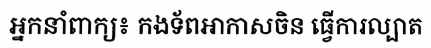
អ្នកនាំពាក្យ៖ កងទ័ពអាកាសចិន ធ្វើការល្បាត